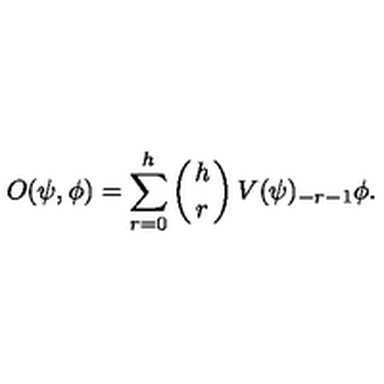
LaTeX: O ( \psi , \phi ) = \sum _ { r = 0 } ^ { h } \left( { h \atop r } \right) V ( \psi ) _ { - r - 1 } \phi .